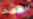
الجهد